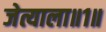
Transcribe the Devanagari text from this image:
जेत्याला॥१॥